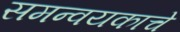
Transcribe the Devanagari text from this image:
समन्वयकाचे